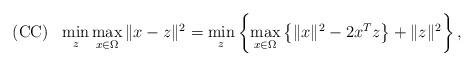
LaTeX: \begin{align*}{\rm (CC)}~~\min_{z}\max_{x\in \Omega}\|x-z\|^2=\mathop{\min_{z}}\left\{\max_{x\in \Omega}\left\{\|x\|^2-2x^Tz\right\}+\|z\|^2\right\}, \end{align*}